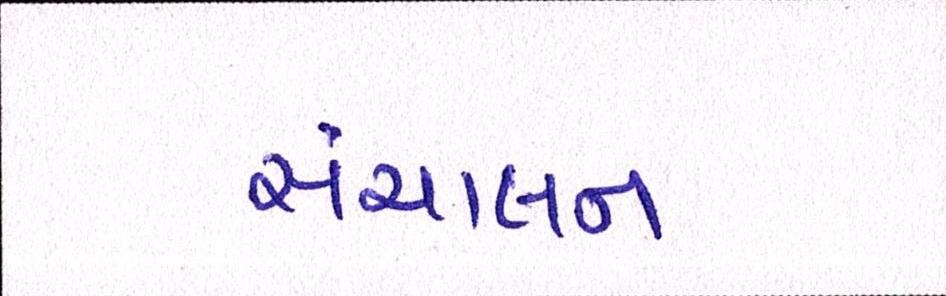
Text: સંચાલન